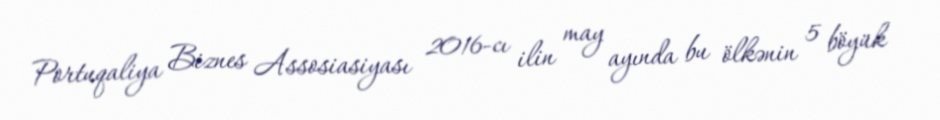
Portuqaliya Biznes Assosiasiyası 2016-cı ilin may ayında bu ölkənin 5 böyük